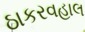
ઠાકરવહાલ